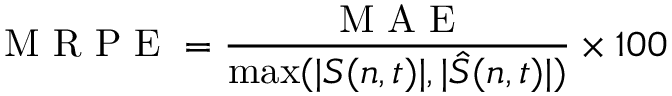
\mathrm { ~ M ~ R ~ P ~ E ~ } = \frac { \mathrm { ~ M ~ A ~ E ~ } } { \operatorname* { m a x } ( | S ( n , t ) | , | \hat { S } ( n , t ) | ) } \times 1 0 0